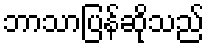
ဘာသာပြန်ဆိုသည်